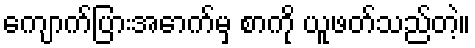
ကျောက်ပြားအောက်မှ စာကို ယူဖတ်သည်တဲ့။